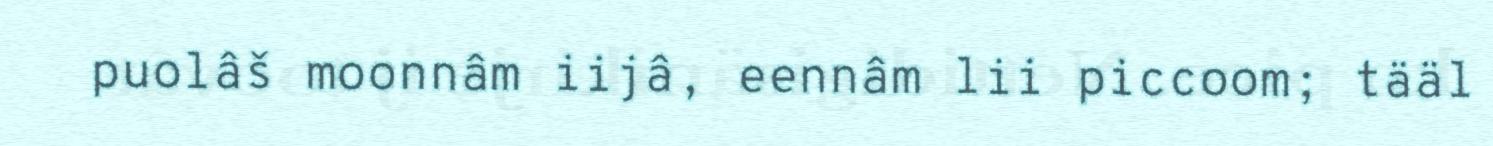
puolâš moonnâm iijâ, eennâm lii piccoom; tääl